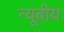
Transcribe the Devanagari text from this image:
न्यूबीय